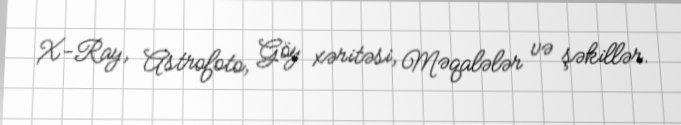
X-Ray, Astrofoto, Göy xəritəsi, Məqalələr və şəkillər.